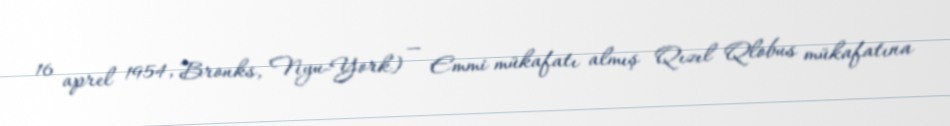
16 aprel 1954, Bronks, Nyu-York) — Emmi mükafatı almış Qızıl Qlobus mükafatına